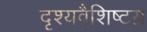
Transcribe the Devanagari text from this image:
दृश्यवैशिष्टय़